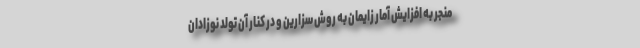
منجر به افزایش آمار زایمان به روش سزارین و در کنار آن تولد نوزادان